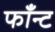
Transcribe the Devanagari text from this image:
फाँन्ट